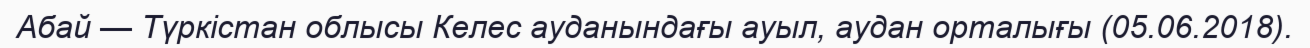
Абай — Түркістан облысы Келес ауданындағы ауыл, аудан орталығы (05.06.2018).